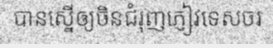
បានស្នើឲ្យចិនជំរុញភ្ញៀវទេសចរ